Cholera in India, 1862 to 1881
Year: 1862
Disease focus: Cholera
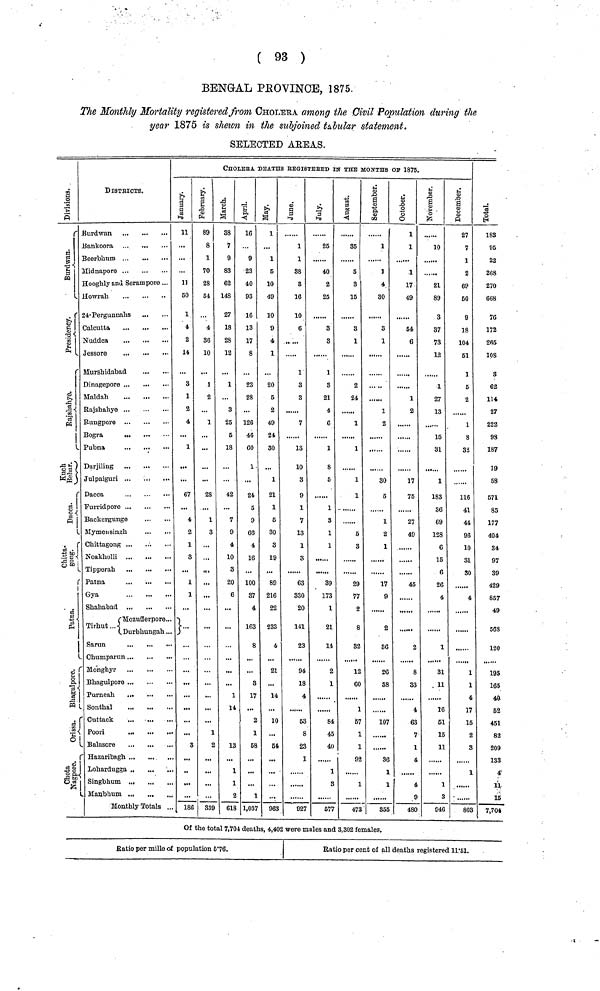
( 93 )
BENGAL PROVINCE, 1875.
The Monthly Mortality registered from CHOLERA among the Civil Population during the
year 1875 is shown in the subjoined tabular statement.
SELECTED AREAS.
Divisions.
Burdwan
Presidency.
Rajshahye.
Kuch
Behar.
Dacca.
Patna.
Orissa.
Chota Nagpur.
DISTRICTS.
Burdwan
Bankoora ...
,
Beerbhum
Midnaporo
Hooghly and Serampore ...
Howrah
24-Pergunnahs
Calcutta
Nuddea
Jessore
Murshidabad
Dinagepore
Maldah
Rajshahye
Rungpore
Bogra
Pubna
Darjiling
Julpaiguri
Dacca
Furridpore
Backergunge
Mymensungh
Chittagong
Noakholli
Patna
Gya
Shahabad
Tirhut... Mozufferpore..
Durbhungab...
Chumparun
Monghyr
Bhagulpore
-
Purneah
Sonthal
Cuttack
Poori
Balasore
Lohardugga
Singbhum
Manbhum
CHOLERA DEATHS REGISTERED IN THE MONTHS OF 1875.
Januwary.
11
50
1
4
2
14
3
1
2
4
67
4
2
1
3
1
1
...
Monthly Totals ... 186
Februwary.
89
8
1
70
28
54
4
86
10
1
2
...
1
...
28
1
8
...
...
...
...
1
2
339
March.
38
7
9
83
62
148
27
18
28
12
1
...
3
25
5
18
42
7
9
4
10
3
20
6
...
1
14
18
1
1
2
615
April.
16
9
23
40
93
16
13
17
8
23
28
126
46
60
1
24
5
9
66
4
16
100
37
4
163
8
3
1
5
1
1,037
May.
1
...
1
5
10
49
10
9
4
1
20
5
2
49
24
30
1
21
1
5
30
3
19
89
216
22
233
4
21
14
10
...
54
963
June.
1
1
38
3
16
10
6
1
3
3
7
15
10
3
9
1
7
13
1
8
63
830
20
141
23
94
18
4
53
8
23
1
927
July.
25
40
2
25
3
3
1
3
21
4
6
1
8
5
1
3
1
1
39
173
1
21
14
8
1
3
577
August.
35
5
3
15
3
1
2
24
......
1
1
1
1
5
3
29
77
2
8
82
12
60
5
9
47
September.
1
1
4
30
3
1
1
2
30
5
1
2
1
17
9
2
3
2
3
10
36
1
1
355
October.
1
1
1
17
49
54
6
1
2
17
75
27
49
45
3
6
48
November.
10
21
89
3
37
73
12
1
27
13
15
31
1
183
36
69
128
6
16
6
26
4
3
1
1
51
15
11
1
3
946
December.
27
7
1
2
69
50
9
18
104
51
1
5
2
1
8
32
116
41
44
96
10
31
30
4
1
1
80
Total.
183
95
22
268
270
668
76
172
265
108
3
62
114
27
222
98
187
19
58
571
85
177
404
34
97
39
429
857
49
568
120
195
165
40
62
451
82
209
133
4
11
15
7,704
Of the total 7,704 deaths, 4,402 were males and 3,302 females.
Ratio per mille of population 5.76.
Ratio per cent of all deaths registered 11.51.